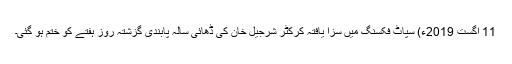
11 اگست 2019ء) سپاٹ فکسنگ میں سزا یافتہ کرکٹر شرجیل خان کی ڈھائی سالہ پابندی گزشتہ روز ہفتے کو ختم ہو گئی۔